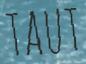
TAUT